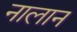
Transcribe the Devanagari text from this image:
नालान